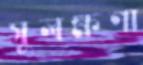
সুলক্ষণা